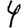
Digit: 4